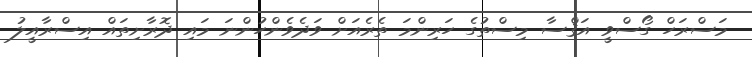
މަސްރަހް ގޯސްވީ އަޤްސާ މިސްތުގެ ހަރިންމަ ތެރެއަށް ވަދެވެންހުންނަ މައި ދޮރާށިތައް އިސްރާއީލު